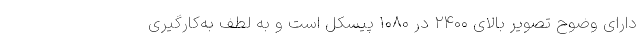
دارای وضوح تصویر بالای ۲۴۰۰ در ۱۰۸۰ پیسکل است و به لطف به‌کارگیری